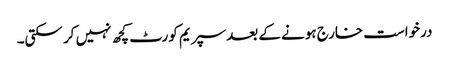
درخواست خارج ہونے کے بعد سپریم کورٹ کچھ نہیں کر سکتی۔